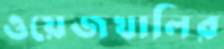
ওয়েজখালির